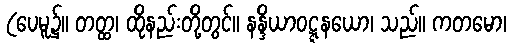
(ပေမူ၌။ တတ္ထ၊ ထိုနည်းတို့တွင်။ နန္ဒိယာဝဋ္ဋနယော၊ သည်။ ကတမော၊